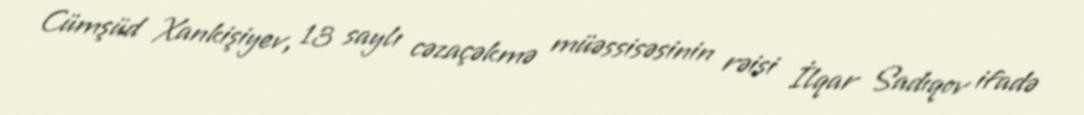
Cümşüd Xankişiyev, 13 saylı cəzaçəkmə müəssisəsinin rəisi İlqar Sadıqov ifadə